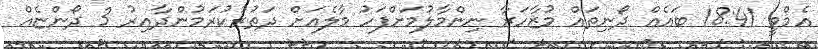
އެމްވީ 18:41 ބައެއް ދޯނިތައް މުޒާހަރާ ނިންމާލުމަށްފަހު މާލެއަށް ދަތުރުކުރަމުންދާއިރު 3 ދޯންޏެއް